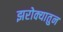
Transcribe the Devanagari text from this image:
झरोक्यातुन